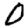
Digit: 0